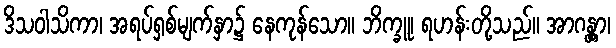
ဒိသဝါသိကာ၊ အရပ်ရှစ်မျက်နှာ၌ နေကုန်သော။ ဘိက္ခူ၊ ရဟန်းတို့သည်။ အာဂန္တွာ၊